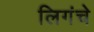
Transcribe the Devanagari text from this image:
लिगंचे